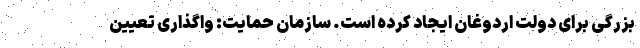
بزرگی برای دولت اردوغان ایجاد کرده است. سازمان حمایت: واگذاری تعیین